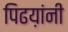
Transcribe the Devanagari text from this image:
पिढय़ांनी